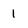
Character: 1